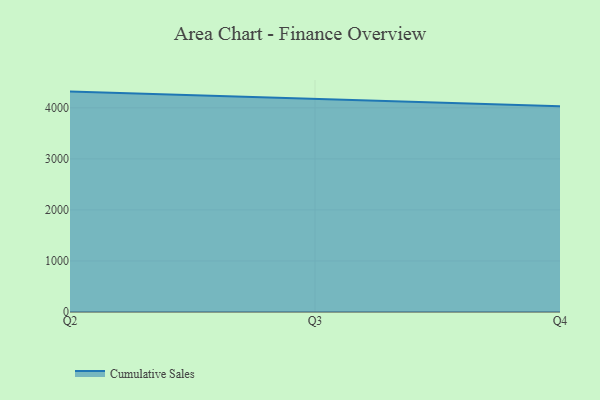
{"axis": {"x": "Quarter", "y": "Temperature (°C)"}, "legend": ["Cumulative Sales"], "data": [{"x": "Q2", "y": 4317.8, "type": "Cumulative Sales"}, {"x": "Q3", "y": 4174.2, "type": "Cumulative Sales"}, {"x": "Q4", "y": 4029.1, "type": "Cumulative Sales"}]}